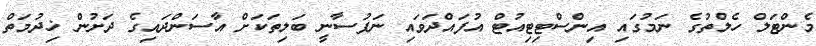
މެންޓަލް ހެލްތުގެ ނަމުގައި އިންސްޓިޓިއުޓް އުފައްދަވައި ނަފުސާނީ ބަލިތަކަށް އާސަންދައިގެ ދަށުން ޚިދުމަތް